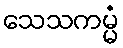
သေသကမ္မံ